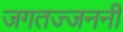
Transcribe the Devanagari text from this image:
जगतज्जननी